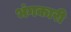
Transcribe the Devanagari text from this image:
भंगकारी